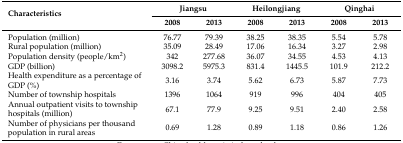
| <ROWSPAN=2> Characteristics | <COLSPAN=2> Jiangsu | <COLSPAN=2> Heilongjiang | <COLSPAN=2> Qinghai |
 | 2008 | 2013 | 2008 | 2013 | 2008 | 2013 |
 | --- | --- | --- | --- | --- | --- | --- |
 | Population (million) | 76.77 | 79.39 | 38.25 | 38.35 | 5.54 | 5.78 |
 | Rural population (million) | 35.09 | 28.49 | 17.06 | 16.34 | 3.27 | 2.98 |
 | Population density (people/km2) | 342 | 277.68 | 36.07 | 34.55 | 4.53 | 4.13 |
 | GDP (billion) | 3098.2 | 5975.3 | 831.4 | 1445.5 | 101.9 | 212.2 |
 | Health expenditure as a percentage of GDP (%) | 3.16 | 3.74 | 5.62 | 6.73 | 5.87 | 7.73 |
 | Number of township hospitals | 1396 | 1064 | 919 | 996 | 404 | 405 |
 | Annual outpatient visits to township hospitals (million) | 67.1 | 77.9 | 9.25 | 9.51 | 2.40 | 2.58 |
 | Number of physicians per thousand population in rural areas | 0.69 | 1.28 | 0.89 | 1.18 | 0.86 | 1.26 |